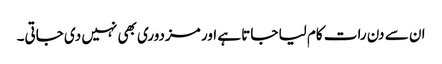
ان سے دن رات کام لیا جاتا ہے اور مزدوری بھی نہیں دی جاتی۔